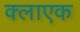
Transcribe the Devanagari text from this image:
क्लाएक